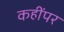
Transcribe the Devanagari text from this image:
कहींपर